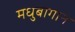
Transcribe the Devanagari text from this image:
मधुबागान